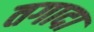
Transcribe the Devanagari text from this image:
तगादा